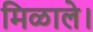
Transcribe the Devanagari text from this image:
मिळाले।